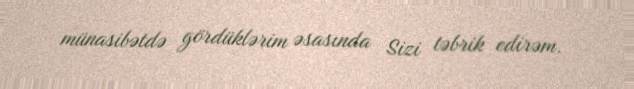
münasibətdə gördüklərim əsasında Sizi təbrik edirəm.